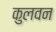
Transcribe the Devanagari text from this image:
कुलवन